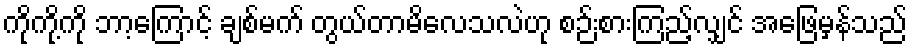
ကိုကို့ကို ဘာ့ကြောင့် ချစ်မက် တွယ်တာမိလေသလဲဟု စဉ်းစားကြည့်လျှင် အဖြေမှန်သည်